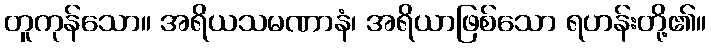
တူကုန်သော။ အရိယသမဏာနံ၊ အရိယာဖြစ်သော ရဟန်းတို့၏။